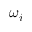
\omega _ { i }